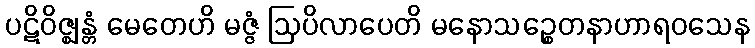
ပဋိဝိဇ္ဈန္တံ မေတေဟိ မဇ္ဇံ ဩပိလာပေတိ မနောသဉ္စေတနာဟာရဝသေန